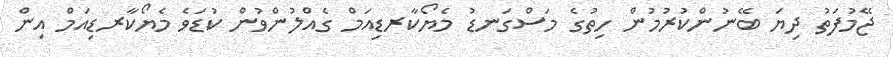
ޖޭމުފަތު ދިޔަ ބޭނުންކުރުމުން ހިތުގެ މަސްގަނޑު މެޔޯކާރޑިއަމް ގެއްލުންވުން ކުޑަވެ މެޔޯކާރޑިއަމް އިން